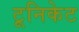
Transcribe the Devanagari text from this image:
टूनिकेट